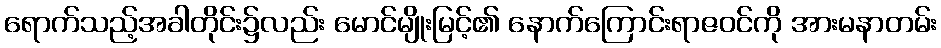
ရောက်သည့်အခါတိုင်း၌လည်း မောင်မျိုးမြင့်၏ နောက်ကြောင်းရာဇဝင်ကို အားမနာတမ်း